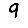
Digit: 9